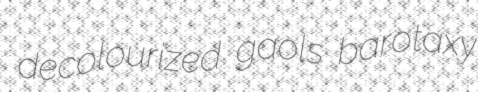
decolourized gaols barotaxy